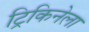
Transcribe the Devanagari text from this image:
ट्रिकिनेला